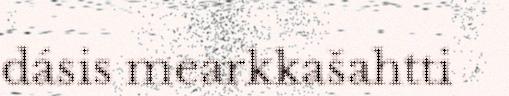
dásis mearkkašahtti